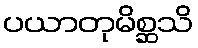
ပယာတုမိစ္ဆသိ